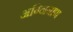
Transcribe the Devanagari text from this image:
अग्‍निबाण